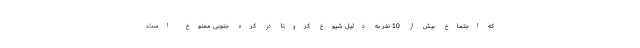
که اجتماع بیش از 10 نفر به دلیل شیوع کرونا در کره جنوبی ممنوع است.